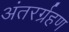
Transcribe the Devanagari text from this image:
अंतरर्ग्रहण